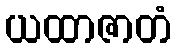
ယထာဇာတံ